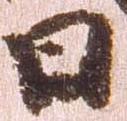
日